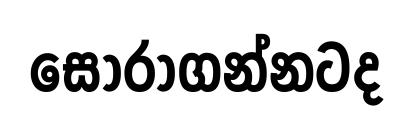
සොරාගන්නටද